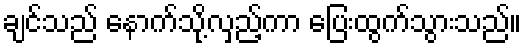
ချင်သည် နောက်သို့လှည့်ကာ ပြေးထွက်သွားသည်။